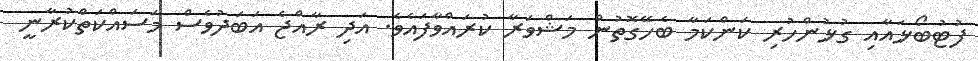
ފުޓުބޯޅައާއި ގުޅުންހުރި ކަންކަމާ ބެހޭގޮތުން މަޝްވަރާ ކުރައްވާފައެވެ. އަދި ރާއްޖެ އަބަދުވެސް މަސައްކަތްކުރާނީ